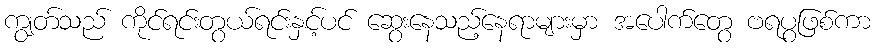
ကျွတ်သည် ကိုင်ရင်းတွယ်ရင်းနှင့်ပင် ဆွေးနေသည့်နေရာများမှာ အပေါက်တွေ ဗရပွဖြစ်ကာ